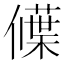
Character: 𬿾